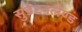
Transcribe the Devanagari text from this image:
सुडेटनलैण्ड